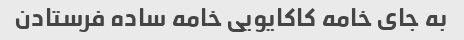
به جای خامه کاکایویی خامه ساده فرستادن